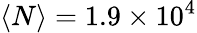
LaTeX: \langle N\rangle=1.9\times 10^{4}